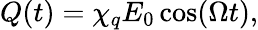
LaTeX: Q(t)=\chi_{q}E_{0}\cos(\Omega t),